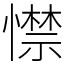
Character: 㦗